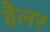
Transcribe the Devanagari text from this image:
हैलर